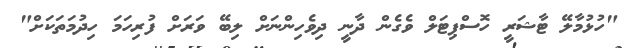
"ހުޅުމާލޭ ޓާޝަރީ ހޮސްޕިޓަލް ވެގެން ދާނީ ދިވެހިންނަށް ލިބޭ ވަރަށް ފުރިހަމަ ހިދުމަތަކަށް"